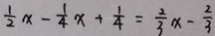
\frac { 1 } { 2 } x - \frac { 1 } { 4 } x + \frac { 1 } { 4 } = \frac { 2 } { 3 } x - \frac { 2 } { 3 }